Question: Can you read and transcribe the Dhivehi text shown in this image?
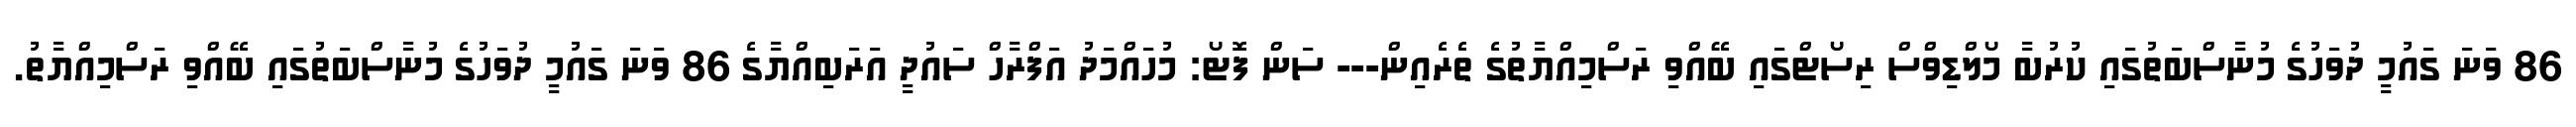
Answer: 86 ވަނަ ގައުމީ ދުވަހުގެ މުނާސްބަތުގައި ކުރުބާ މޯލްޑިވްސް ރިސޯޓްގައި ބޭއްވި ރަސްމިއްޔާތުގެ ތެރެއިން--- ސަން ފޮޓޯ: މުހައްމަދު އަފްރާހް ސައުދީ އަރަބިއްޔާގެ 86 ވަނަ ގައުމީ ދުވަހުގެ މުނާސްބަތުގައި ބޭއްވި ރަސްމިއްޔާތު.